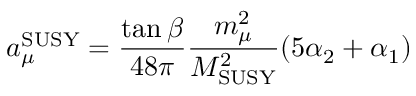
a _ { \mu } ^ { \mathrm { S U S Y } } = { \frac { \tan \beta } { 4 8 \pi } } { \frac { m _ { \mu } ^ { 2 } } { M _ { \mathrm { S U S Y } } ^ { 2 } } } ( 5 \alpha _ { 2 } + \alpha _ { 1 } )